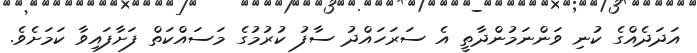
އަދަދެއްގެ ކުނި ވަންނަމުންދާތީ އެ ސަރަހައްދު ސާފު ކުރުމުގެ މަސައްކަތް ފަށާފައިވާ ކަމަށެެވެ.